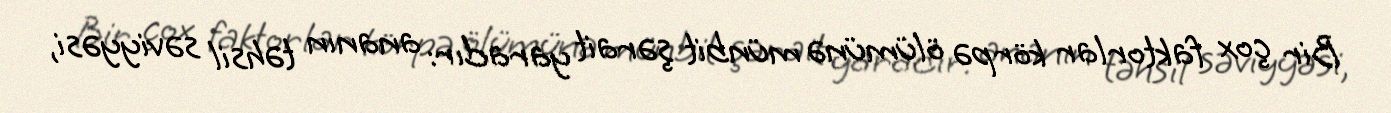
Bir çox faktorlar körpə ölümünə münbit şərait yaradır: ananın təhsil səviyyəsi,